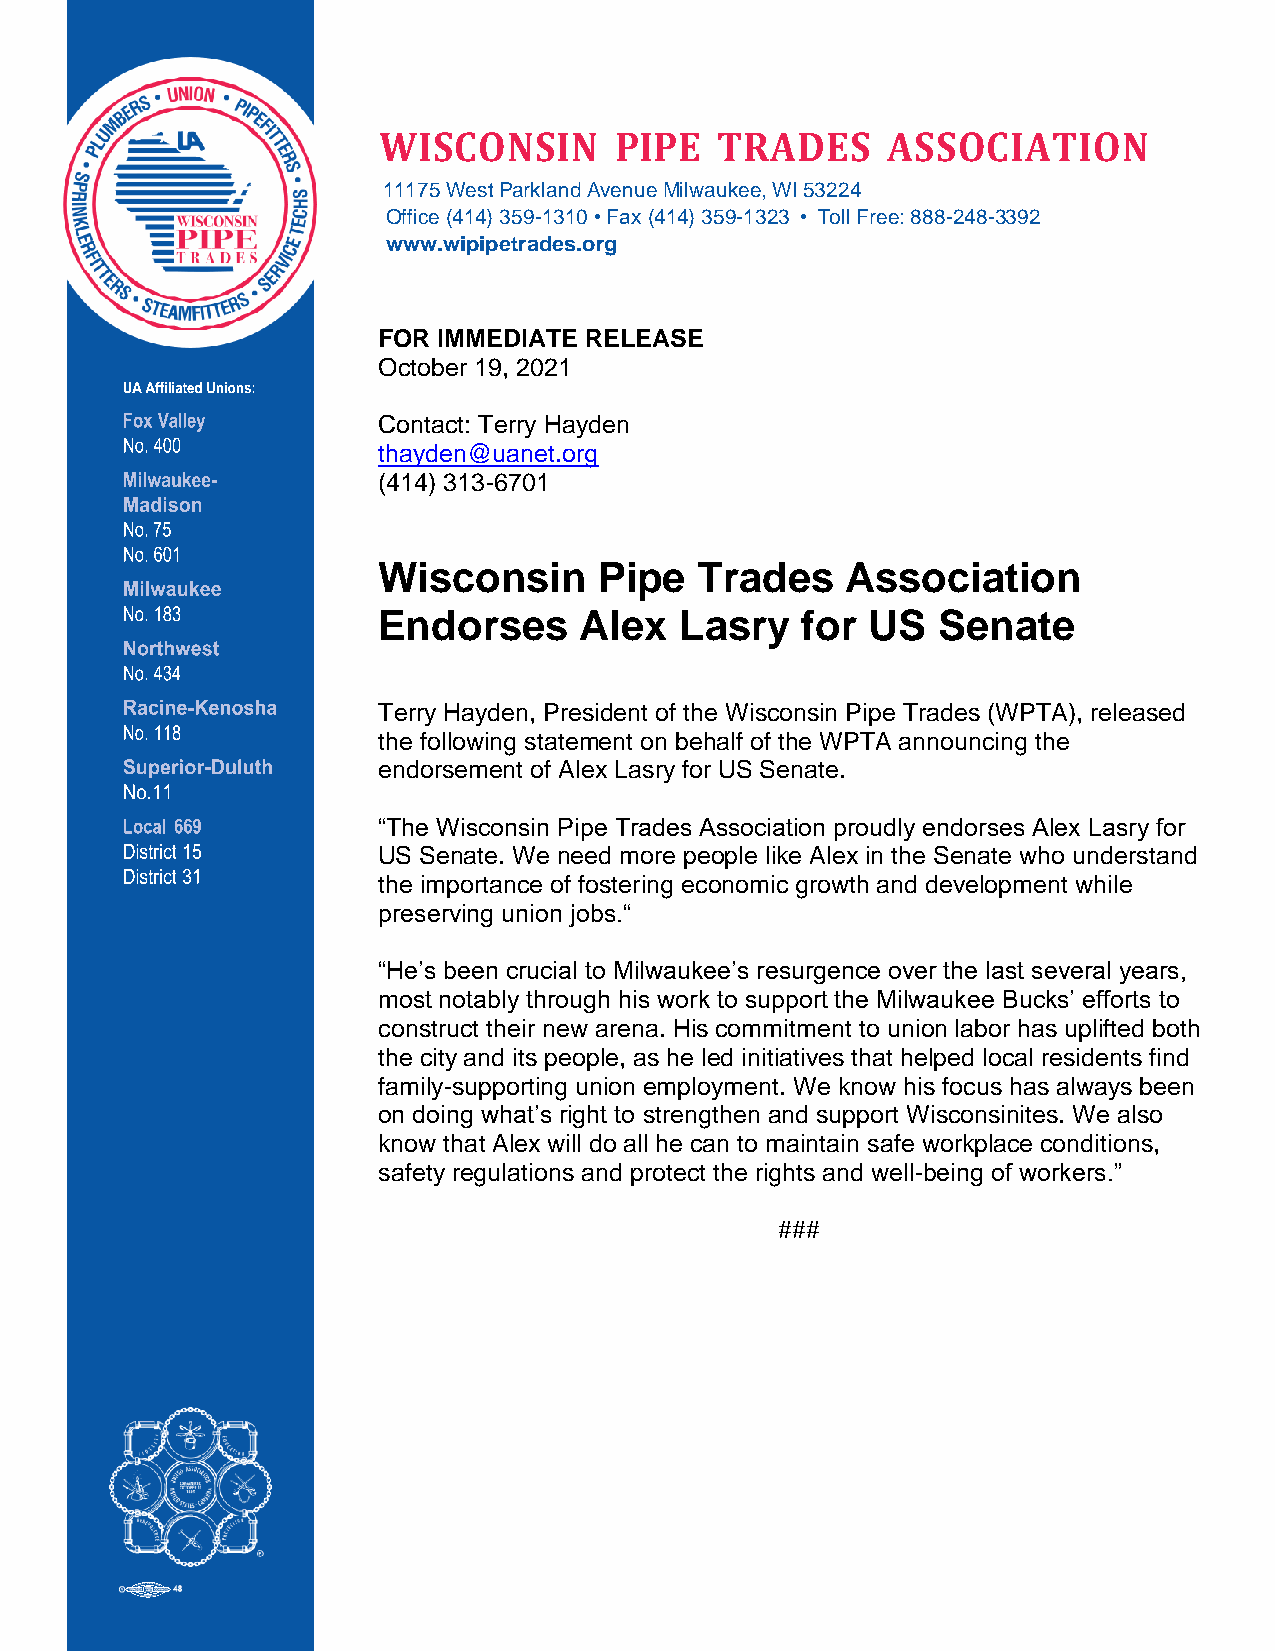
WISCONSIN       PIPE  TRADES      ASSOCIATION
 11175 West Parkland Avenue Milwaukee, WI 53224
 Office (414) 359-1310 • Fax (414) 359-1323 • Toll Free: 888-248-3392
 www.wipipetrades.org
 FOR IMMEDIATE RELEASE
 October 19, 2021
 Contact: Terry Hayden
 thayden@uanet.org
 (414) 313-6701
 Wisconsin      Pipe  Trades    Association
 Endorses     Alex   Lasry   for  US  Senate
 Terry Hayden, President of the Wisconsin Pipe Trades (WPTA), released
 the following statement on behalf of the WPTA announcing the
 endorsement of Alex Lasry for US Senate.
 “The Wisconsin Pipe Trades Association proudly endorses Alex Lasry for
 US Senate. We need more people like Alex in the Senate who understand
 the importance of fostering economic growth and development while
 preserving union jobs.“
 “He’s been crucial to Milwaukee’s resurgence over the last several years,
 most notably through his work to support the Milwaukee Bucks’ efforts to
 construct their new arena. His commitment to union labor has uplifted both
 the city and its people, as he led initiatives that helped local residents find
 family-supporting union employment. We know his focus has always been
 on doing what’s right to strengthen and support Wisconsinites. We also
 know that Alex will do all he can to maintain safe workplace conditions,
 safety regulations and protect the rights and well-being of workers.”
 ###